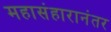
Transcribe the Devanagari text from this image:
महासंहारानंतर